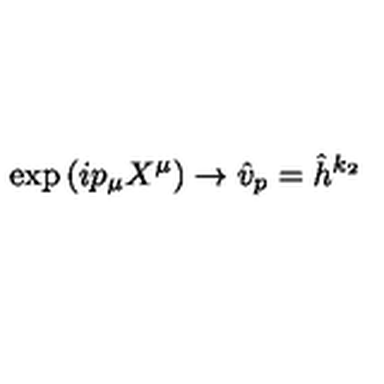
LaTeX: \exp \left( i p _ { \mu } X ^ { \mu } \right) \rightarrow \hat { v } _ { p } = \hat { h } ^ { k _ { 2 } }